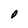
Character: o